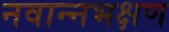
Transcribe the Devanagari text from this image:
नवान्नभक्षण